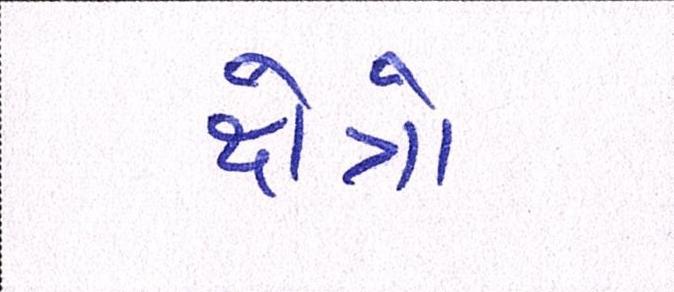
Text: ક્ષેત્રો